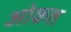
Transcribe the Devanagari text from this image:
ओकत